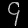
Digit: ၄